Mental hospitals Bombay report 1929-33 - 1929-1933
Year: 1929
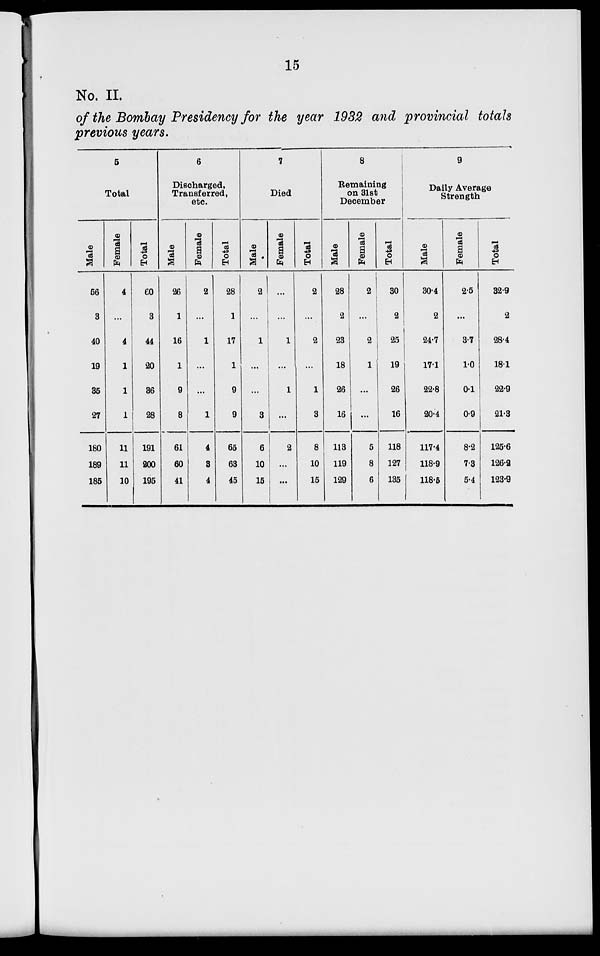
15
No. II.
of the Bombay Presidency for the year 1932 and provincial totals
previous years.
5
Total
Male
56
3
40
19
35
27
180
189
185
Female
4
...
4
1
1
1
11
11
10
Total
60
3
44
20
36
28
191
200
195
6
Discharged,
Transferred,
etc.
Male
26
1
16
1
9
8
61
60
41
Female
2
...
1
...
...
1
4
3
4
Total
28
1
17
1
9
9
65
63
45
7
Died
Male
2
...
1
...
...
3
6
10
15
Female
...
...
1
...
1
...
2
...
...
Total
2
...
2
...
1
3
8
10
15
8
Remaining
on 31st
December
Male
28
2
23
18
26
16
113
119
129
Female
2
...
2
1
...
...
5
8
6
Total
30
2
25
19
26
16
118
127
135
9
Daily Average
Strength
Male
30.4
2
24.7
17.1
22.8
20.4
117.4
118.9
118.5
Female
2.5
...
3.7
1.0
0.1
0.9
8.2
7.3
5.4
Total
32.9
2
28.4
18.1
22.9
21.3
125.6
126.2
123.9